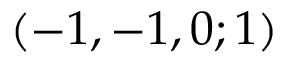
( - 1 , - 1 , 0 ; 1 )